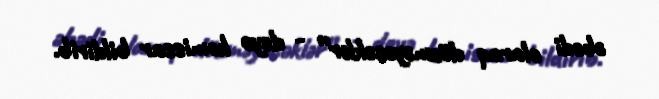
əbədi olaraq dözməyəcəklər” - deyə komissar bildirib.